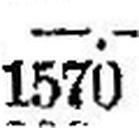
1570